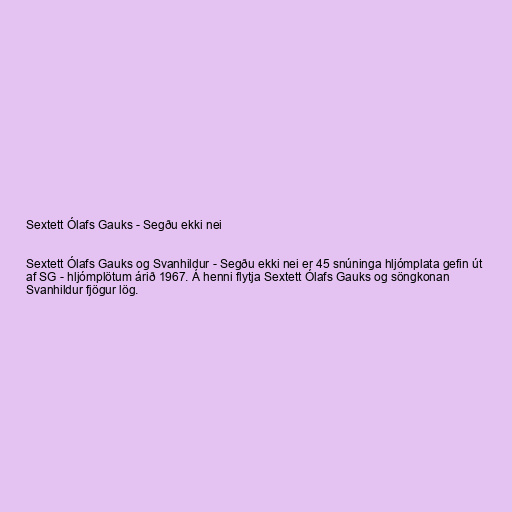
Sextett Ólafs Gauks - Segðu ekki nei

Sextett Ólafs Gauks og Svanhildur - Segðu ekki nei er 45 snúninga hljómplata gefin út
af SG - hljómplötum árið 1967. Á henni flytja Sextett Ólafs Gauks og söngkonan
Svanhildur fjögur lög.